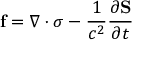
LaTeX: \mathbf { f } = \nabla \cdot { \boldsymbol { \sigma } } - { \frac { 1 } { c ^ { 2 } } } { \frac { \partial \mathbf { S } } { \partial t } } \,